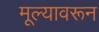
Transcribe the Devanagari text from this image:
मूल्यावरून